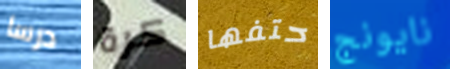
درسا كرة حتفها نايونج